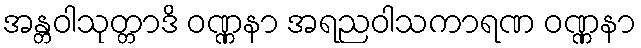
အန္တဝါသုတ္တာဒိ ဝဏ္ဏနာ အရညဝါသကာရဏ ဝဏ္ဏနာ